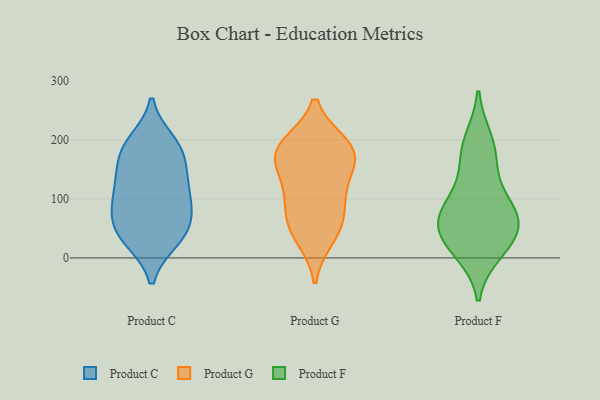
{"axis": {"x": "Headcount", "y": "Value"}, "legend": ["Product C", "Product F", "Product G"], "data": [{"x": "", "y": 124, "type": "Product C"}, {"x": "", "y": 66, "type": "Product C"}, {"x": "", "y": 67, "type": "Product C"}, {"x": "", "y": 30, "type": "Product C"}, {"x": "", "y": 97, "type": "Product C"}, {"x": "", "y": 138, "type": "Product C"}, {"x": "", "y": 69, "type": "Product C"}, {"x": "", "y": 188, "type": "Product C"}, {"x": "", "y": 100, "type": "Product C"}, {"x": "", "y": 186, "type": "Product C"}, {"x": "", "y": 197, "type": "Product C"}, {"x": "", "y": 34, "type": "Product C"}, {"x": "", "y": 174, "type": "Product C"}, {"x": "", "y": 137, "type": "Product C"}, {"x": "", "y": 30, "type": "Product C"}, {"x": "", "y": 56, "type": "Product G"}, {"x": "", "y": 178, "type": "Product G"}, {"x": "", "y": 110, "type": "Product G"}, {"x": "", "y": 112, "type": "Product G"}, {"x": "", "y": 184, "type": "Product G"}, {"x": "", "y": 161, "type": "Product G"}, {"x": "", "y": 36, "type": "Product G"}, {"x": "", "y": 178, "type": "Product G"}, {"x": "", "y": 66, "type": "Product G"}, {"x": "", "y": 190, "type": "Product G"}, {"x": "", "y": 53, "type": "Product F"}, {"x": "", "y": 199, "type": "Product F"}, {"x": "", "y": 147, "type": "Product F"}, {"x": "", "y": 40, "type": "Product F"}, {"x": "", "y": 82, "type": "Product F"}, {"x": "", "y": 78, "type": "Product F"}, {"x": "", "y": 11, "type": "Product F"}, {"x": "", "y": 19, "type": "Product F"}, {"x": "", "y": 55, "type": "Product F"}, {"x": "", "y": 89, "type": "Product F"}, {"x": "", "y": 182, "type": "Product F"}]}